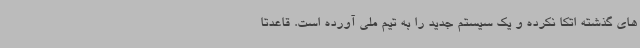
های گذشته اتکا نکرده و یک سیستم جدید را به تیم ملی آورده است. قاعدتا